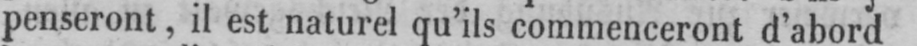
penseront, il est naturel qu’ils commenceront d’abord